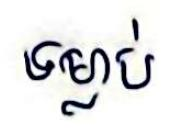
ទម្លាប់